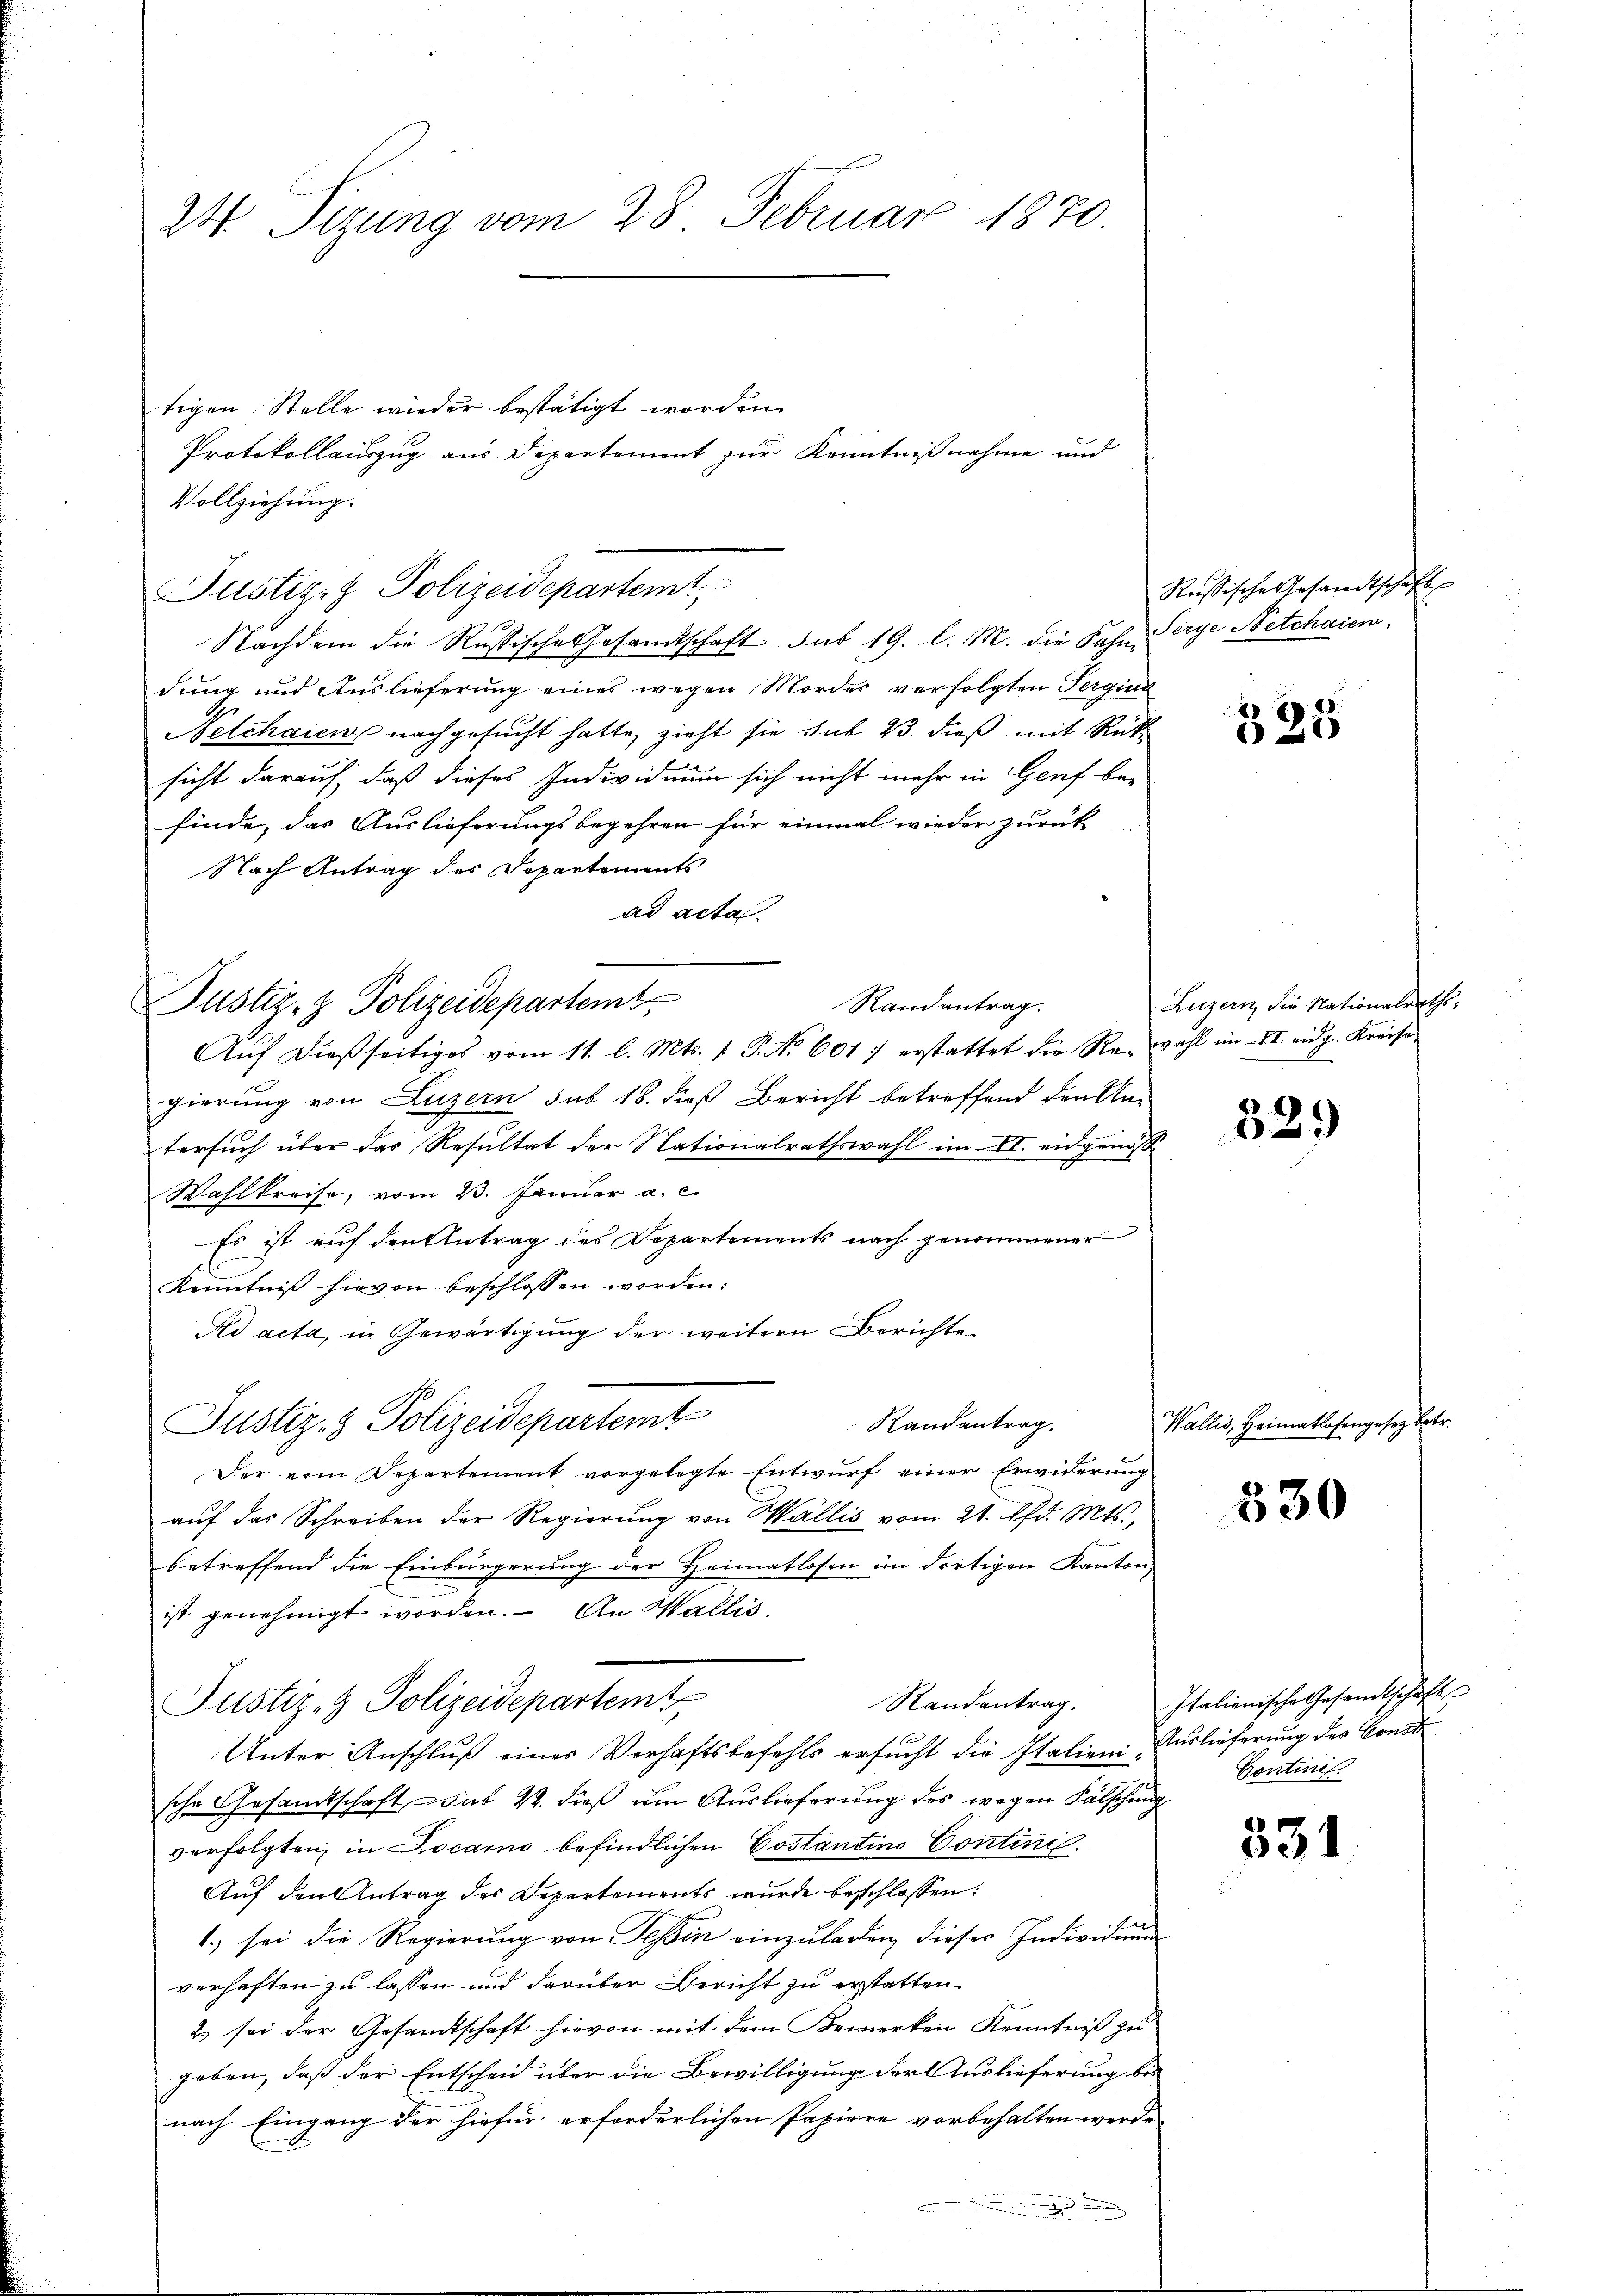
24. Sizung vom 28. Februar 1870.

tigen Stelle wieder bestätigt worden.
Protokollauszug aus Departement zur Kenntnißnahme und
Vollziehung.
Justiz & Polizeidepartemt
Nachdem die Russische Gesandtschaft. sub 19. l. M. die Fahne Verge Netchaien
dung und Auslieferung eines wegen Mordes verfolgten Perging
Netchaici, nachgesucht hatte, zieht sie sub 23. dieß mit Rücksicht darauf, daß dieses Individuum sich nicht mehr in Genf be-
finde, das Auslieferungsbegehren für einmal wieder zurück
Nach Antrag des Departements
ad acta
Randantrag
Justiz- & Polizeidepartemt,
Aŭf dießseitiges vom 11. l. Mts. 1 P. Nr. 6017 erstattet die Re-wahl im II. eidg. Kreise
gierung von Luzern sub 18. dieß Bericht betreffend den An-
tersuch über das Resultat der Nationalrathswahl im II. eingenos
Wahlkreise, vom 23. Januar a. c.
Es ist auf den Antrag des Departements nach genommener
Kenntniß hievon beschlossen worden:
Ad acta, in Gewärtigung der weitern Berichte
Justiz- & Polizeidepartemt
Randantrag.
Der vom Departement vorgelegte Entwurf einer Erwiderung
auf das Schreiben der Regierung von Wallis vom 21. Pfd. Mts.,
betreffend die Einbürgerung der Heimatlosen im dortigen Kanton,
.
ist genehmigt worden. An Wallis.
Randantrag.
Justiz- & Polizeidepartemt
Unter Anschluß eines Verhaftsbefehls ersucht die Italieni Auslieferung des Const
sche Gesandtschaft, das 4. dieß um Auslieferung des wegen Fälschung
verfolgten in Locarno befindlichen Costantino Contini.
Auf den Antrag des Departements wurde beschlossen:
1.) sei die Regierŭng von Tessin einzŭladen, dieser Individuum
verhaften zu lassen und darüber Bericht zu erstatten.
2) sei der Gesandtschaft hievon mit dem Bemerken Kenntniß zu
geben, daß der Entscheid über die Bewilligung der Auslieferung bei
nach Eingang der hiefür erforderlichen Papiere vorbehalten werde

Russische Gesandtschaft

8
623

Luzern, die Nationalraths¬

329

Wallis, Heimatlosengesez betr.

530

Italienische Gesandtschaft
Continis

331